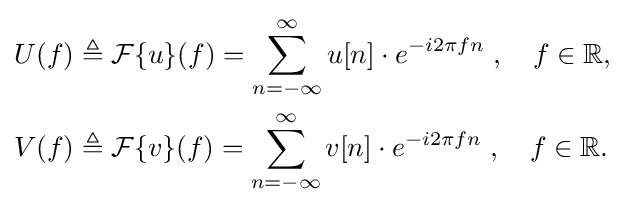
{\begin{aligned}U(f)&\triangleq {\mathcal {F}}\{u\}(f)=\sum _{n=-\infty }^{\infty }u[n]\cdot e^{-i2\pi fn}\;,\quad f\in \mathbb {R} ,\\V(f)&\triangleq {\mathcal {F}}\{v\}(f)=\sum _{n=-\infty }^{\infty }v[n]\cdot e^{-i2\pi fn}\;,\quad f\in \mathbb {R} .\end{aligned}}